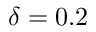
\delta = 0 . 2